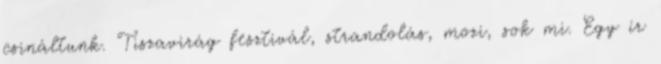
csináltunk. Tiszavirág fesztivál, strandolás, mozi, sok mi. Egy ír